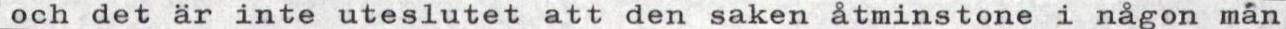
och det är inte uteslutet att den saken åtminstone i någon man